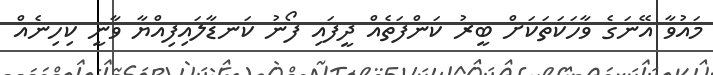
މައުވާ އޭނަގެ ވާހަކަތަކަށް ބީރު ކަންފަތެއް ދީފައި ފޯނު ކަނޑާލައިފިއްޔާ ވާނީ ކިހިނެއް